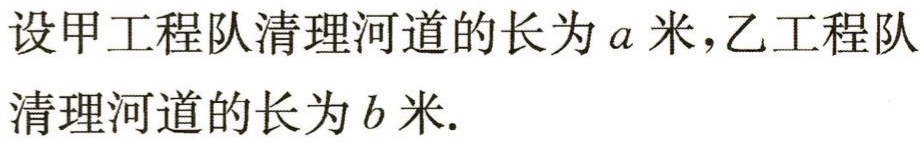
设甲工程队清理河道的长为\(a\)米，乙工程队清理河道的长为\(b\)米.